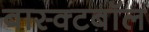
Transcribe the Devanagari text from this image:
बास्क्टबॉल